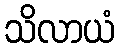
သိလာယံ